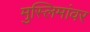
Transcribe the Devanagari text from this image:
मुस्लिमांवर